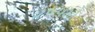
૨૫૫મો